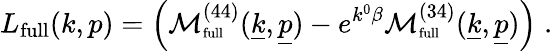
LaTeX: L_{\mathrm{full}}(k,p)=\left({\cal M}_{\mathrm{\scriptsize{full}}}^{(44)}(\underline{{{k}}},\underline{{{p}}})-e^{k^{0}\beta}{\cal M}_{\mathrm{\scriptsize{full}}}^{(34)}(\underline{{{k}}},\underline{{{p}}})\right)\; .